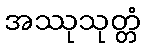
အဿုသုတ္တံ